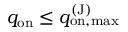
q _ { \mathrm { o n } } \leq q _ { \mathrm { o n , m a x } } ^ { \mathrm { ( J ) } }